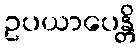
ဥပယာပေန္တိ